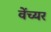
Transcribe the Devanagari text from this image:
वेंच्यर